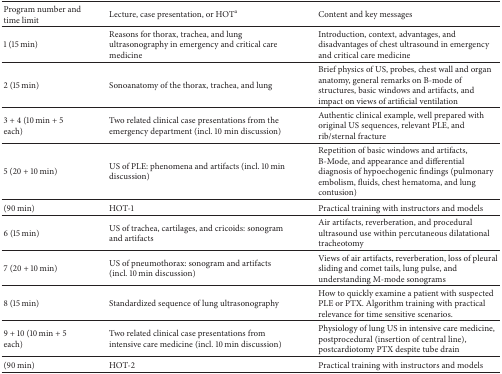
<table><thead><tr><td><b>Program number and time limit</b></td><td><b>Lecture, case presentation, or HOT<sup>a</sup></b></td><td><b>Content and key messages</b></td></tr></thead><tbody><tr><td>1 (15 min)</td><td>Reasons for thorax, trachea, and lung ultrasonography in emergency and critical care medicine</td><td>Introduction, context, advantages, and disadvantages of chest ultrasound in emergency and critical care medicine</td></tr><tr><td>2 (15 min)</td><td>Sonoanatomy of the thorax, trachea, and lung</td><td>Brief physics of US, probes, chest wall and organ anatomy, general remarks on B-mode of structures, basic windows and artifacts, and impact on views of artificial ventilation</td></tr><tr><td>3 + 4 (10 min + 5 each)</td><td>Two related clinical case presentations from the emergency department (incl. 10 min discussion)</td><td>Authentic clinical example, well prepared with original US sequences, relevant PLE, and rib/sternal fracture</td></tr><tr><td>5 (20 + 10 min)</td><td>US of PLE: phenomena and artifacts (incl. 10 min discussion)</td><td>Repetition of basic windows and artifacts, B-Mode, and appearance and differential diagnosis of hypoechogenic findings (pulmonary embolism, fluids, chest hematoma, and lung contusion)</td></tr><tr><td>(90 min)</td><td>HOT-1</td><td>Practical training with instructors and models</td></tr><tr><td>6 (15 min)</td><td>US of trachea, cartilages, and cricoids: sonogram and artifacts</td><td>Air artifacts, reverberation, and procedural ultrasound use within percutaneous dilatational tracheotomy</td></tr><tr><td>7 (20 + 10 min)</td><td>US of pneumothorax: sonogram and artifacts (incl. 10 min discussion)</td><td>Views of air artifacts, reverberation, loss of pleural sliding and comet tails, lung pulse, and understanding M-mode sonograms</td></tr><tr><td>8 (15 min)</td><td>Standardized sequence of lung ultrasonography </td><td>How to quickly examine a patient with suspected PLE or PTX. Algorithm training with practical relevance for time sensitive scenarios.</td></tr><tr><td>9 + 10 (10 min + 5 each)</td><td>Two related clinical case presentations from intensive care medicine (incl. 10 min discussion)</td><td>Physiology of lung US in intensive care medicine, postprocedural (insertion of central line), postcardiotomy PTX despite tube drain</td></tr><tr><td>(90 min)</td><td>HOT-2</td><td>Practical training with instructors and models</td></tr></tbody></table>